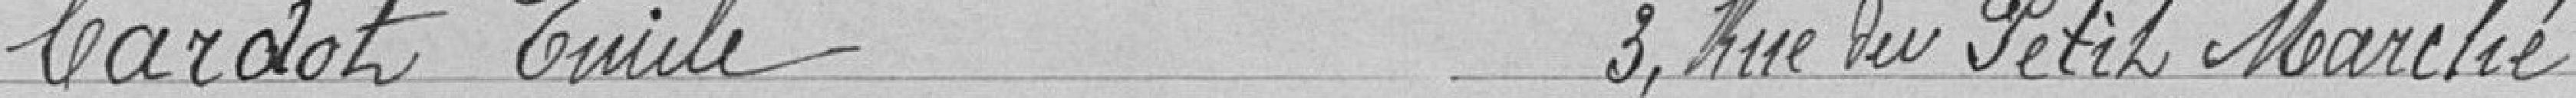
CARDOT Emile 3, rue du Petit Marché